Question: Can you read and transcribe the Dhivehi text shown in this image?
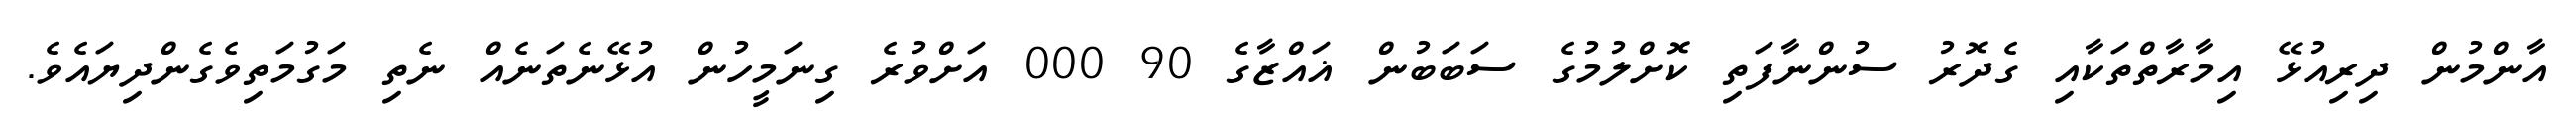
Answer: އާންމުން ދިރިއުޅޭ އިމާރާތްތަކާއި ގެދޮރު ސުންނާފަތި ކޮށްލުމުގެ ސަބަބުން ޣައްޒާގެ 90 000 އަށްވުރެ ގިނަމީހުން އުޅޭނެތަނެއް ނެތި މަގުމަތިވެގެންދިޔައެވެ.